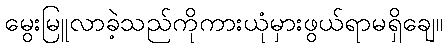
မွေးမြူလာခဲ့သည်ကိုကားယုံမှားဖွယ်ရာမရှိချေ။